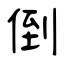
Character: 倒